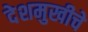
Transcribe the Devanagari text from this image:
देशमुखीचे